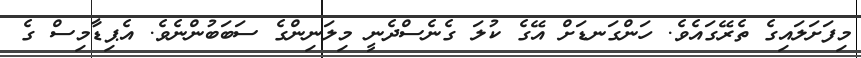
މިފަށަލައިގެ ތެރޭގައެވެ. ހަންގަނޑަށް އޭގެ ކުލަ ގެނެސްދެނީ މިލަނިންގެ ސަބަބުންނެވެ. އެޕިޑާމިސް ގެ